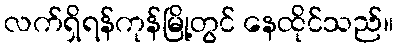
လက်ရှိရန်ကုန်မြို့တွင် နေထိုင်သည်။